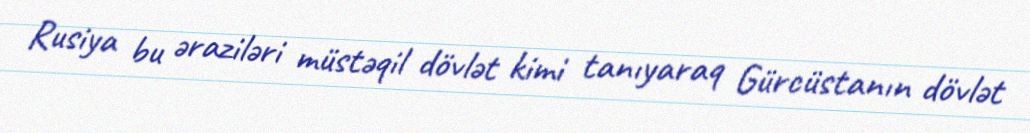
Rusiya bu əraziləri müstəqil dövlət kimi tanıyaraq Gürcüstanın dövlət